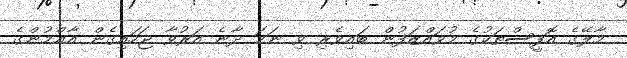
މާލޭގެ އޮފީސްތަކުގެ މުވައްޒަފުން ބައިވެރި ވި ނަމަ ދާނެ އަރުވާ ޖަހައިގެން އާޢްމުންގެ